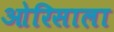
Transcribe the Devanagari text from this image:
ओरिसाला